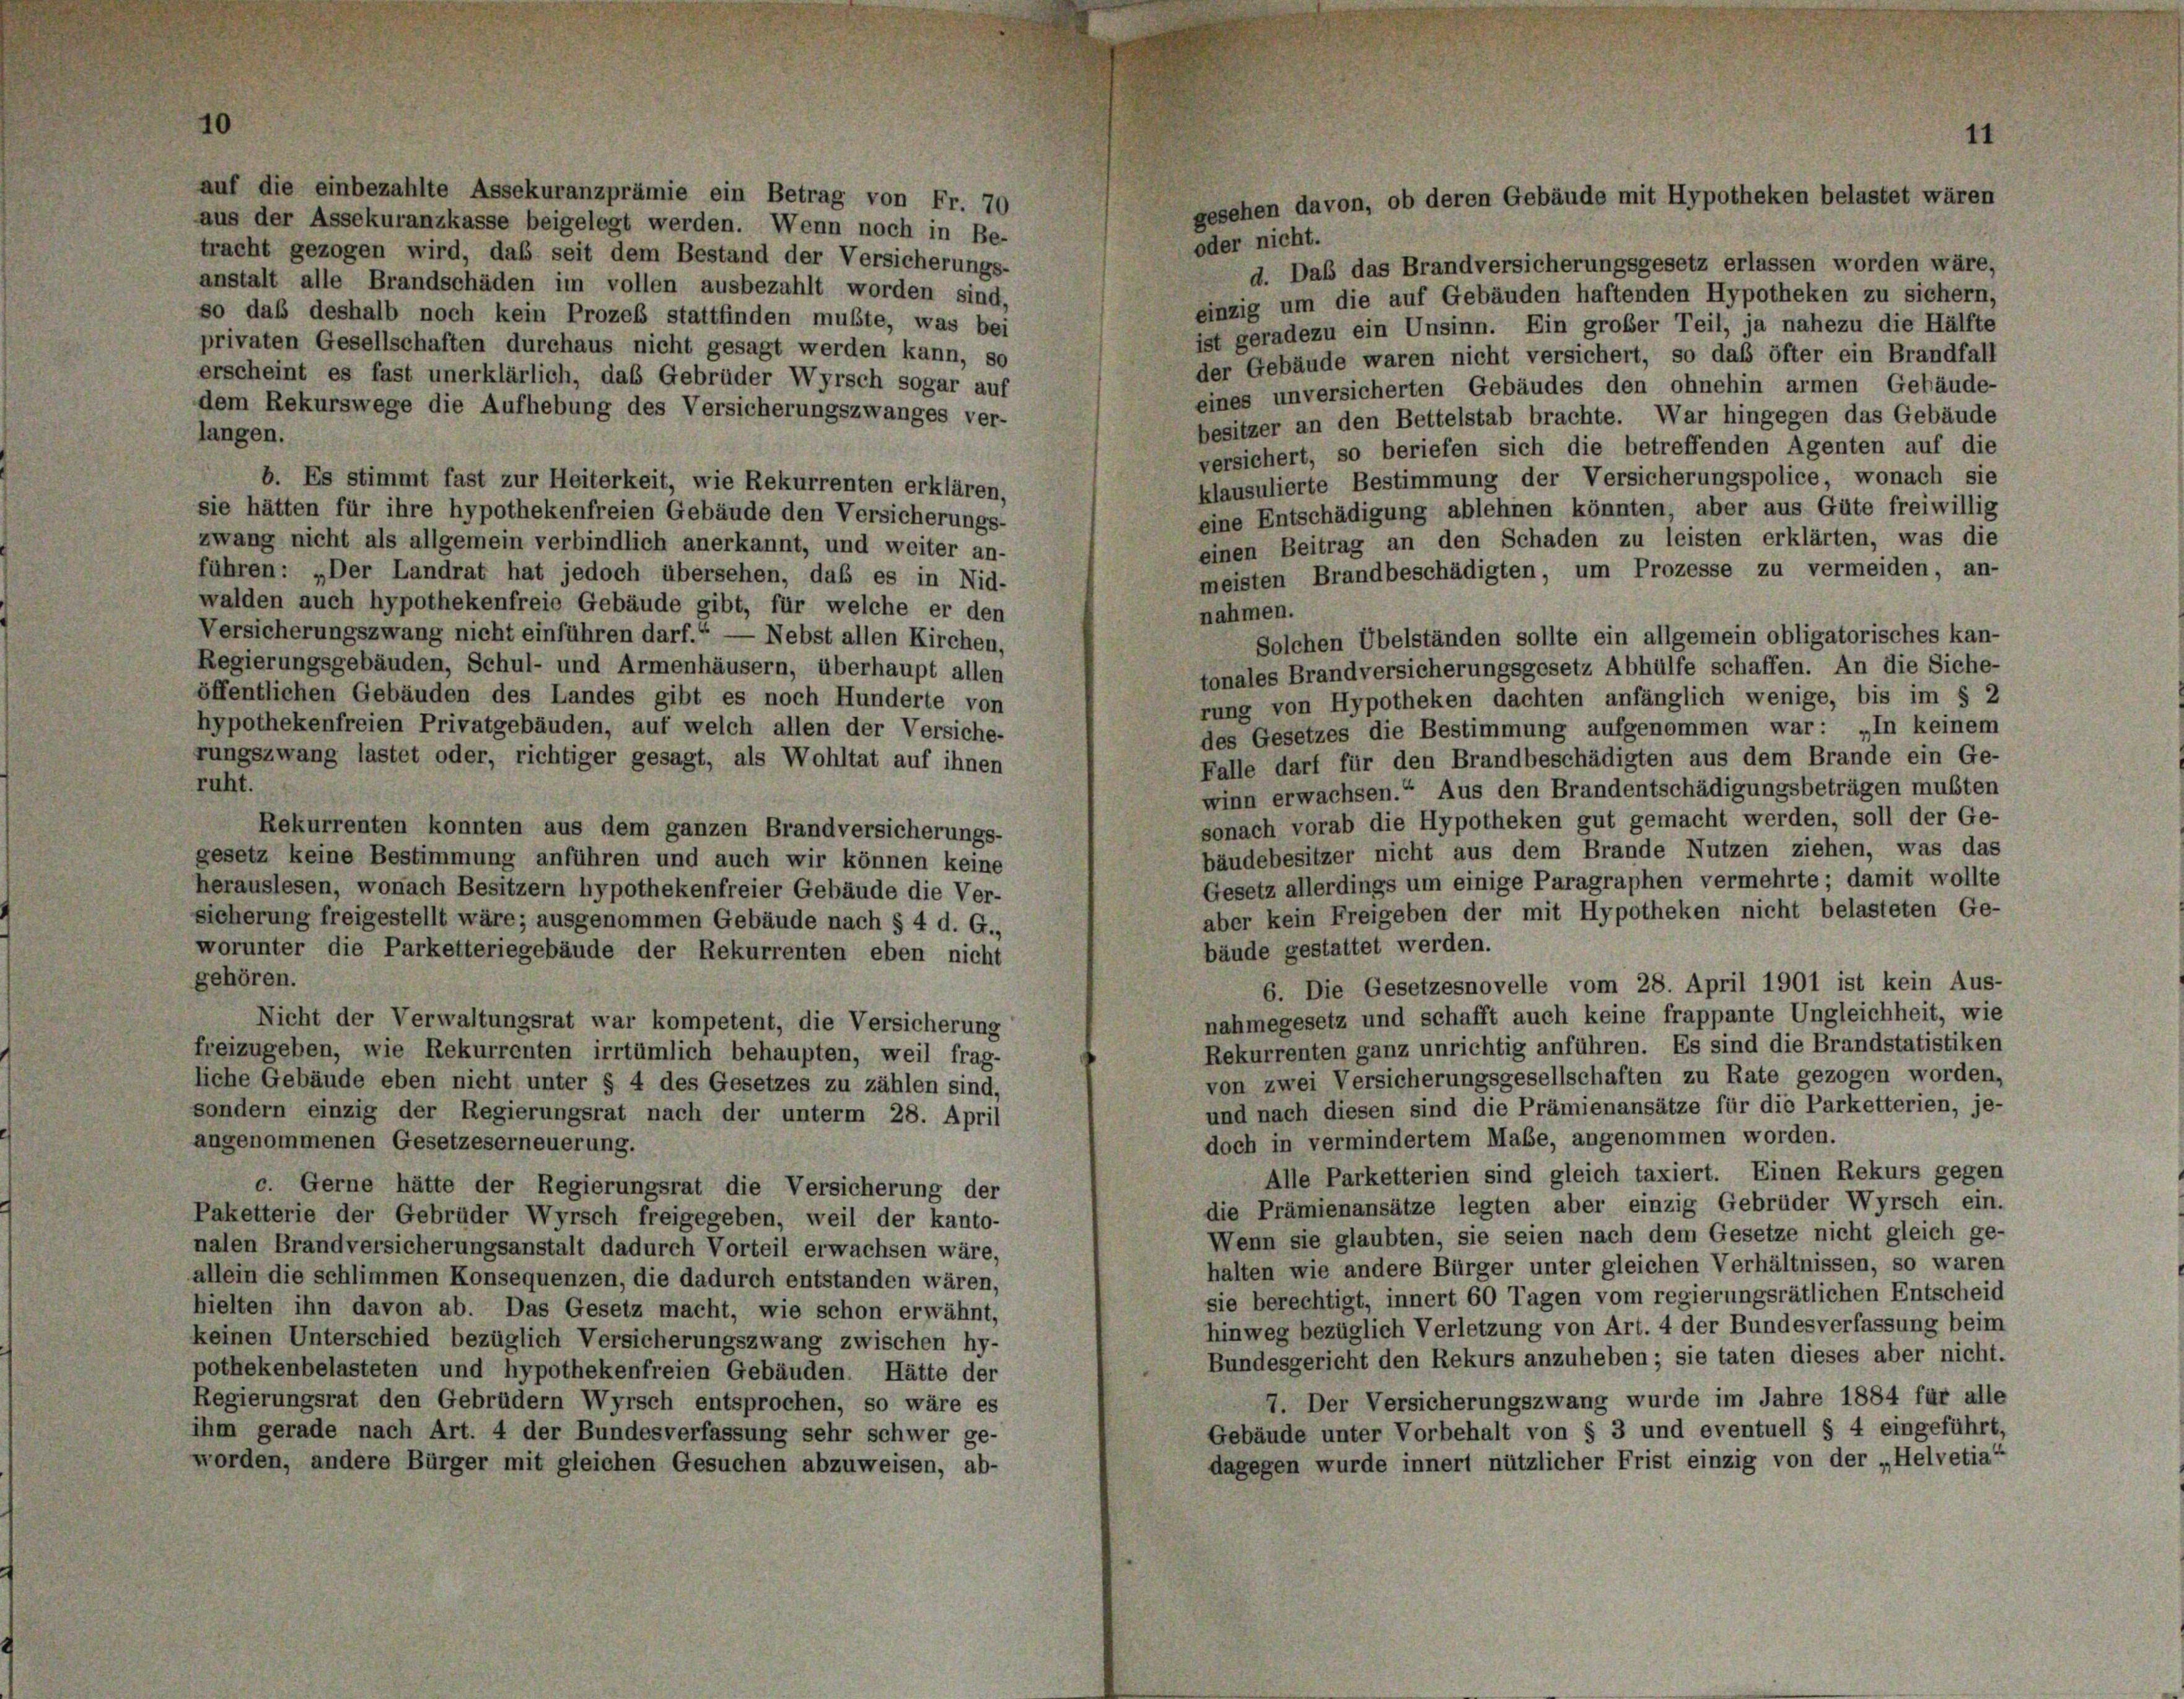
11
gesehen davon, ob deren Gebäude mit Hypotheken belastet wären

auf die einbezahlte Assekuranzprämie ein Betrag von Fr. 70
aus der Assekuranzkasse beigelegt werden. Wenn noch in Be-
oder nicht.
tracht gezogen wird, daß seit dem Bestand der Versicherungs-
d. Das das Brandversicherungsgesetz erlassen worden wäre,
anstalt alle Brandschäden im vollen ausbezahlt worden sind,
einzig um die auf Gebäuden haftenden Hypotheken zu sichern,
so daß deshalb noch kein Prozeß stattfinden mußte, was bei
ist geradezu ein Unsinn. Ein großer Teil, ja nahezu die Hälfte
privaten Gesellschaften durchaus nicht gesagt werden kann, so
der Gebäude waren nicht versichert, so daß öfter ein Brandfall
erscheint es fast unerklärlich, das Gebrüder Wyrsch sogar auf
eines unversicherten Gebäudes den ohnehin armen Gebäude-
dem Rekurswege die Aufhebung des Versicherungszwanges ver-
besitzer an den Bettelstab brachte. War hingegen das Gebäude
langen.
versichert, so beriefen sich die betreffenden Agenten auf die
klausulierte Bestimmung der Versicherungspolice, wonach sie
b. Es stimmt fast zur Heiterkeit, wie Rekurrenten erklären,
eine Entschädigung ablehnen könnten, aber aus Güte freiwillig
sie hätten für ihre hypothekenfreien Gebäude den Versicherungs-
einen Beitrag an den Schaden zu leisten erklärten, was die
zwang nicht als allgemein verbindlich anerkannt, und weiter an-
meisten Brandbeschädigten, um Prozesse zu vermeiden, an-
führen: „Der Landrat hat jedoch übersehen, daß es in Nid-
walden auch hypothekenfreie Gebäude gibt, für welche er den
nahmen.
Versicherungszwang nicht einführen darf.“ — Nebst allen Kirchen,
Solchen Übelständen sollte ein allgemein obligatorisches kan-
Regierungsgebäuden, Schul- und Armenhäusern, überhaupt allen
tonales Brandversicherungsgesetz Abhülfe schaffen. An die Siche-
öffentlichen Gebäuden des Landes gibt es noch Hunderte von
rung von Hypotheken dachten anfänglich wenige, bis im § 2
hypothekenfreien Privatgebäuden, auf welch allen der Versiche-
des Gesetzes die Bestimmung aufgenommen war: „In keinem
rungszwang lastet oder, richtiger gesagt, als Wohltat auf ihnen
Falle darf für den Brandbeschädigten aus dem Brande ein Ge-
ruht.
winn erwachsen.“ Aus den Brandentschädigungsbeträgen mußten
sonach vorab die Hypotheken gut gemacht werden, soll der Ge-
Rekurrenten konnten aus dem ganzen Brandversicherungs-
bäudebesitzer nicht aus dem Brande Nutzen ziehen, was das
gesetz keine Bestimmung anführen und auch wir können keine
Gesetz allerdings um einige Paragraphen vermehrte; damit wollte
herauslesen, wonach Besitzern hypothekenfreier Gebäude die Ver-
aber kein Freigeben der mit Hypotheken nicht belasteten Ge-
sicherung freigestellt wäre; ausgenommen Gebäude nach § 4 d. G.,
bäude gestattet werden.
worunter die Parketteriegebäude der Rekurrenten eben nicht
gehören.
6. Die Gesetzesnovelle vom 28. April 1901 ist kein Aus-
nahmegesetz und schafft auch keine frappante Ungleichheit, wie
Nicht der Verwaltungsrat war kompetent, die Versicherung
Rekurrenten ganz unrichtig anführen. Es sind die Brandstatistiken
freizugeben, wie Rekurrenten irrtümlich behaupten, weil frag-
von zwei Versicherungsgesellschaften zu Rate gezogen worden,
liche Gebäude eben nicht unter § 4 des Gesetzes zu zählen sind,
und nach diesen sind die Prämienansätze für die Parketterien, je-
sondern einzig der Regierungsrat nach der unterm 28. April
doch in vermindertem Mabe, angenommen worden.
angenommenen Gesetzeserneuerung.
Alle Parketterien sind gleich taxiert. Einen Rekurs gegen
c. Gerne hätte der Regierungsrat die Versicherung der
die Prämienansätze legten aber einzig Gebrüder Wyrsch ein.
Paketterie der Gebrüder Wyrsch freigegeben, weil der kanto-
Wenn sie glaubten, sie seien nach dem Gesetze nicht gleich ge-
nalen Brandversicherungsanstalt dadurch Vorteil erwachsen wäre,
halten wie andere Bürger unter gleichen Verhältnissen, so waren
allein die schlimmen Konsequenzen, die dadurch entstanden wären,
sie berechtigt, innert 60 Tagen vom regierungsrätlichen Entscheid
hielten ihn davon ab. Das Gesetz macht, wie schon erwähnt,
hinweg bezüglich Verletzung von Art. 4 der Bundesverfassung bein
keinen Unterschied bezüglich Versicherungszwang zwischen hy-
Bundesgericht den Rekurs anzuheben; sie taten dieses aber nicht.
pothekenbelasteten und hypothekenfreien Gebäuden. Hätte der
7. Der Versicherungszwang wurde im Jahre 1884 für alle
Regierungsrat den Gebrüdern Wyrsch entsprochen, so wäre es
Gebäude unter Vorbehalt von § 3 und eventuell § 4 eingeführt,
ihm gerade nach Art. 4 der Bundesverfassung sehr schwer ge-
dagegen wurde innert nützlicher Frist einzig von der „Helvetia“
worden, andere Bürger mit gleichen Gesuchen abzuweisen, ab-